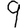
Digit: 9